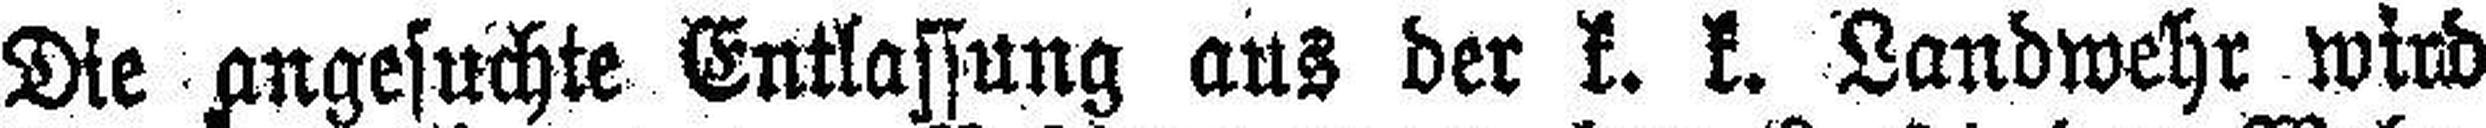
Die angesuchte Entlassung aus der k. k. Landwehr wird